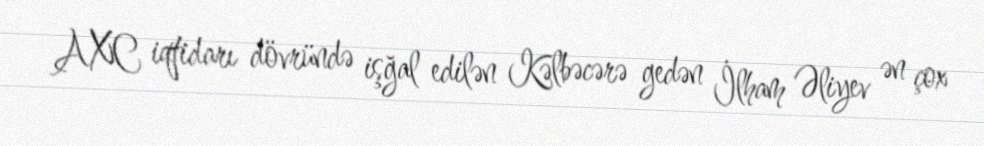
AXC iqtidarı dövründə işğal edilən Kəlbəcərə gedən İlham Əliyev ən çox